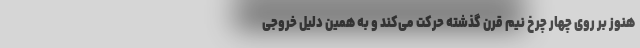
هنوز بر روی چهار چرخ نیم قرن گذشته حرکت می‌کند و به همین دلیل خروجی